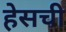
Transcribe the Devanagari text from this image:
हेसची